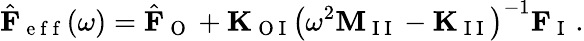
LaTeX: \hat{\mathbf{F}}_{\mathrm{~e~f~f~}}(\omega)=\hat{\mathbf{F}}_{\mathrm{~O~}}+\mathbf{K}_{\mathrm{~O~I~}}\left(\omega^{2}\mathbf{M}_{\mathrm{~I~I~}}-\mathbf{K}_{\mathrm{~I~I~}}\right)^{-1}\mathbf{F}_{\mathrm{~I~}}\, .